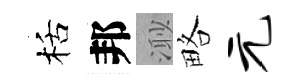
栝邦𣺌略元